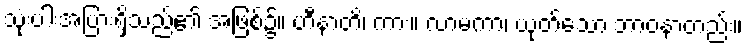
သုံးပါးအပြားရှိသည်၏ အဖြစ်၌။ ဟီနာတိ၊ ကား။ လာမကာ၊ ယုတ်သော ဘာဝနာတည်း။